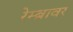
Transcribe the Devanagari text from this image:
रेम्ब्रावर